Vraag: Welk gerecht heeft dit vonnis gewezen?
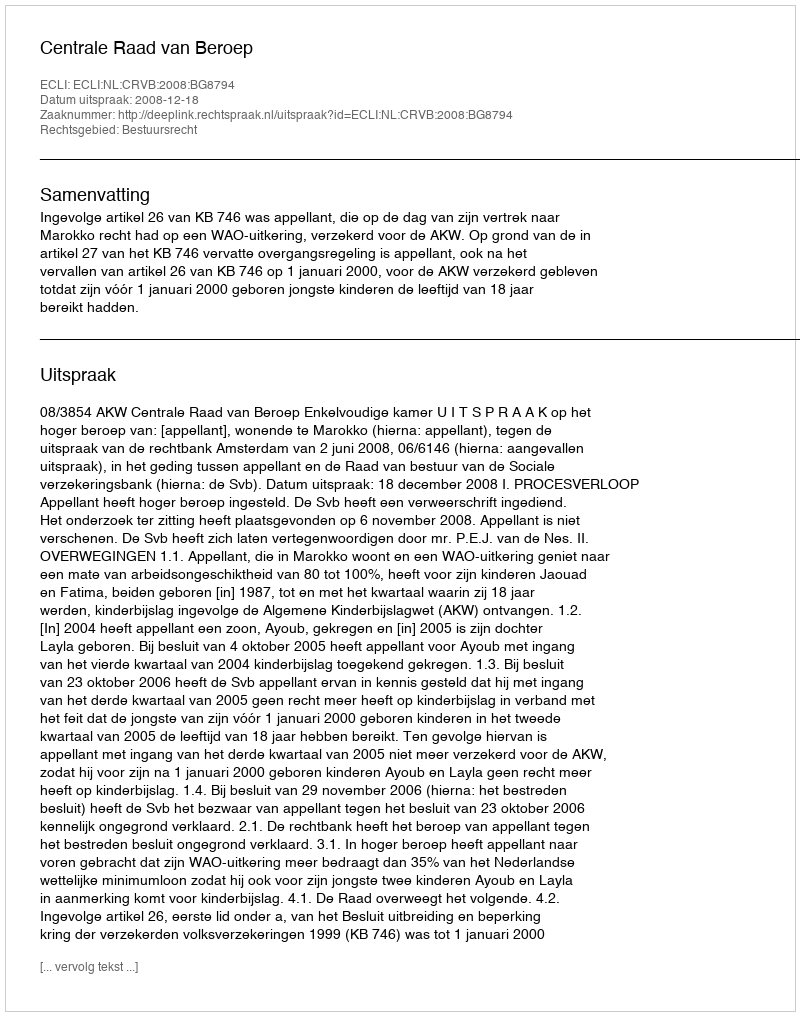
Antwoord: Centrale Raad van Beroep